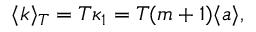
\langle k \rangle _ { T } = T \kappa _ { 1 } = T ( m + 1 ) \langle a \rangle ,